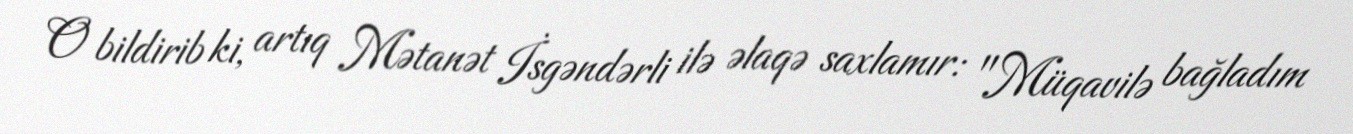
O bildirib ki, artıq Mətanət İsgəndərli ilə əlaqə saxlamır: "Müqavilə bağladım